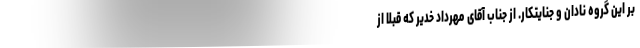
بر این گروه نادان و جنایتکار. از جناب آقای مهرداد خدیر که قبلا از